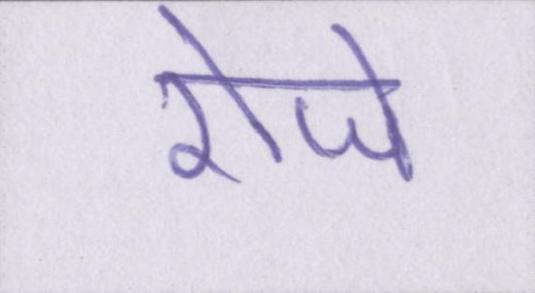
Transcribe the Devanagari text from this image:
रोजे